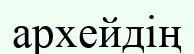
архейдің